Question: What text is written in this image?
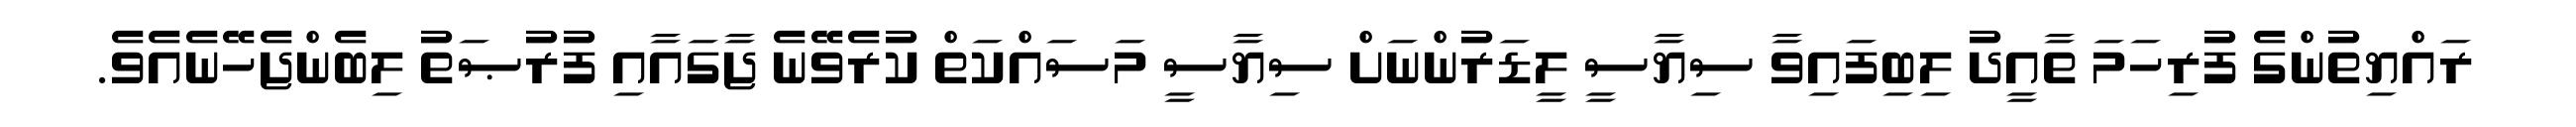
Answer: ރައްޔިތުންގެ ފުރިހަމަ ތާއީދު ލިބިފައިވާ ސިޔާސީ ލީޑަރުންނަށް ސިޔާސީ މަސައްކަތް ކުރެވޭނެ ޖާގައާއި ފުރުޞަތު ލިބެންޖެހޭނެއެވެ.